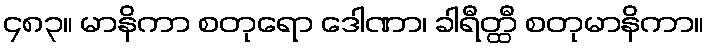
၄၈၃။ မာနိကာ စတုရော ဒေါဏာ၊ ခါရီတ္ထီ စတုမာနိကာ။